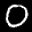
Label: 0